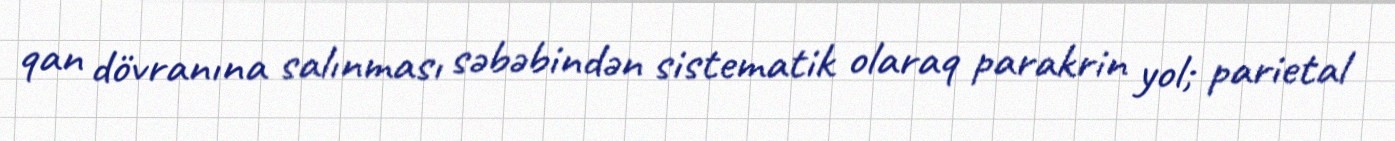
qan dövranına salınması səbəbindən sistematik olaraq parakrin yol; parietal